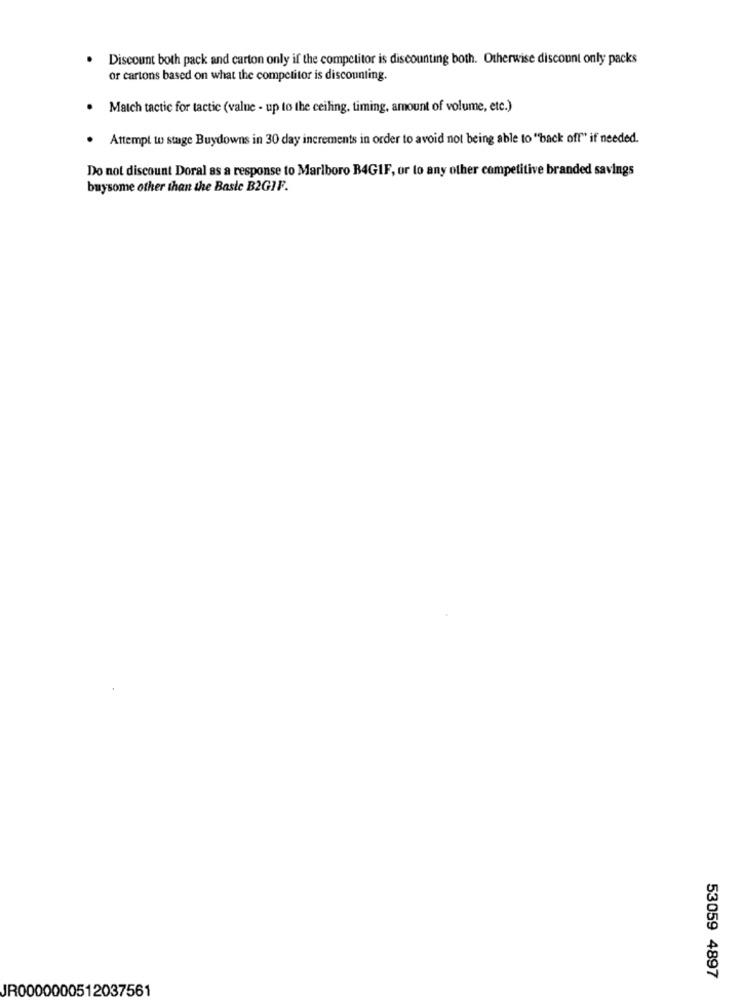
Discount both pack and carton only if the competitor is discounting both. Otherwise discount only packs
or cartons based on what the competitor is discounting.
Match tactic for tactic (value - up to the ceiling, timing, amount of volume, etc.)
Attempt to stage Buydowns in 30 day increments in order to avoid not being able to "back off" if needed.
Do not discount Doral as a response to Marlboro B4GIF, or to any other competitive branded savings
buysome other than the Basic B2GIF.
53059 4897
JR0000000512037561